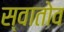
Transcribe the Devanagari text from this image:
स्वातोव